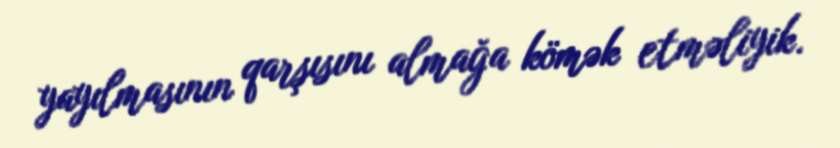
yayılmasının qarşısını almağa kömək etməliyik.